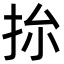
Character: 㧠